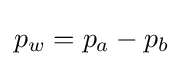
p_{w}=p_{a}-p_{b}